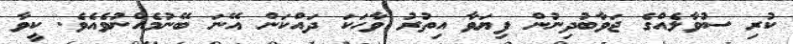
ކުރި ސުވާލެއްގެ ޖަވާބުދިނުން ފިޔަވާ އިތުރު ވާހަކަ ދައްކަން އޭނަ ބޭނުމެއްނުވެއެވެ. ކީވާ